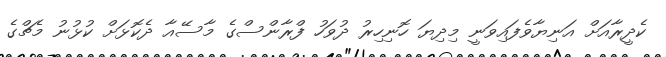
ކެދީރާއަށް އަނިޔާވެފައިވަނީ މިދިޔަ ހޮނިހިރު ދުވަހު ފްރާންސްގެ މާސޭއާ ދެކޮޅަށް ކުޅުނު މެޗްގެ